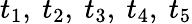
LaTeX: t_{1},~t_{2},~t_{3},~t_{4},~t_{5}